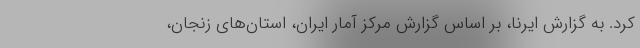
کرد. به گزارش ایرنا، بر اساس گزارش مرکز آمار ایران، استان‌های زنجان،